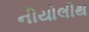
નીયોલીથ